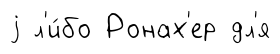
j л'и́бо Ронах'ер дл'я